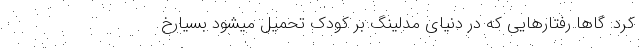
کرد: گاها رفتارهایی که در دنیای مدلینگ بر کودک تحمیل میشود بسیارخ